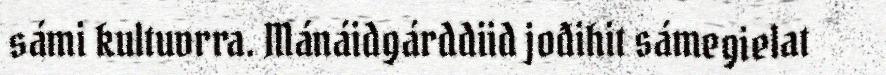
sámi kultuvrra. Mánáidgárddiid jođihit sámegielat